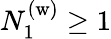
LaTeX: N_{1}^{(\mathrm{w)}}\geq 1